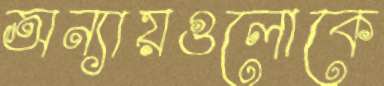
অন্যায়গুলোকে